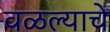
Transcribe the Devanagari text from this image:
वळल्याचे